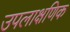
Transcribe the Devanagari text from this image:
उपलाक्षणिक